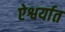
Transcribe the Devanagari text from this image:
ऐश्वर्यात